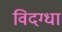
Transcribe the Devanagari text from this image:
विदग्धा